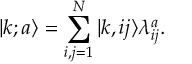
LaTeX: | k ; a \rangle = \sum _ { i , j = 1 } ^ { N } | k , i j \rangle \lambda _ { i j } ^ { a } .